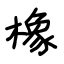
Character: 橡